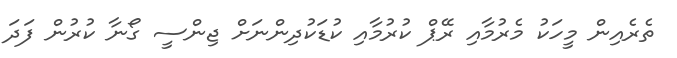
ތެރެއިން މީހަކު މެރުމާއި ރޭޕް ކުރުމާއި ކުޑަކުދިންނަށް ޖިންސީ ގޯނާ ކުރުން ފަދަ